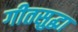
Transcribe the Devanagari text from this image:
गीतसुद्धा